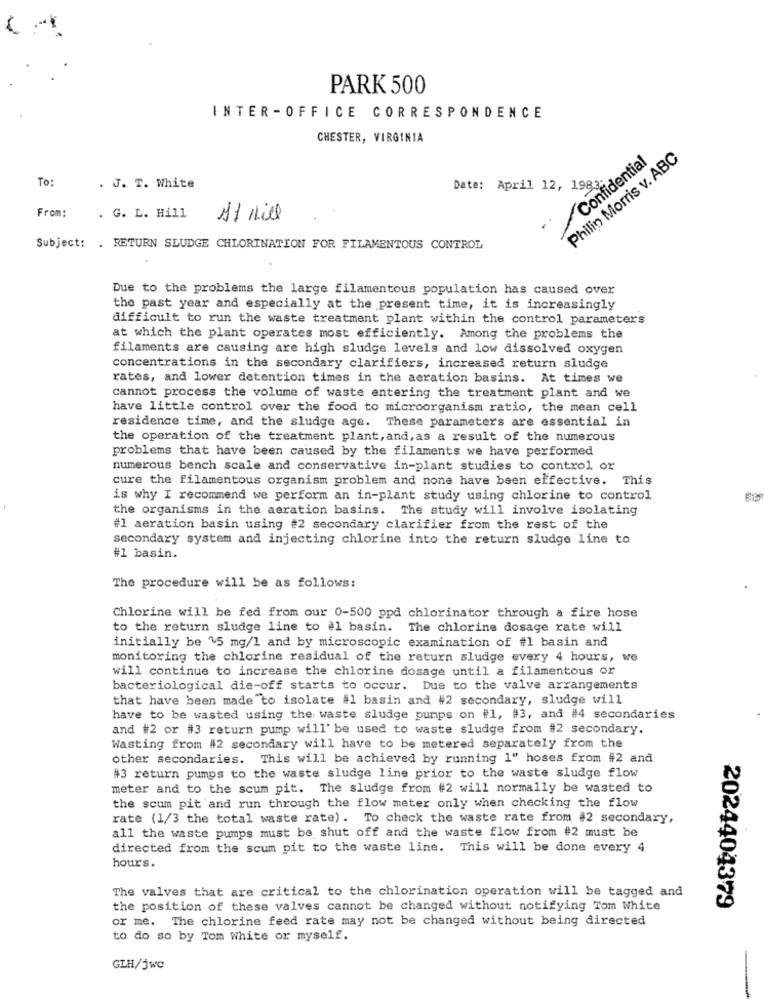
PARK 500
INTER - OFFICE CORRESPONDENCE
CHESTER, VIRGINIA
Confidential
Philip Morris v. ABC
To:
. J. T. White
Date: April 12, 1983
From:
. G. L. Hill
Subject: . RETURN SLUDGE CHLORINATION FOR FILAMENTOUS CONTROL
Due to the problems the large filamentous population has caused over
the past year and especially at the present time, it is increasingly
difficult to run the waste treatment plant within the control parameters
at which the plant operates most efficiently. Among the problems the
filaments are causing are high sludge levels and low dissolved oxygen
concentrations in the secondary clarifiers, increased return sludge
rates, and lower detention times in the aeration basins. At times we
cannot process the volume of waste entering the treatment plant and we
have little control over the food to microorganism ratio, the mean cell
residence time, and the sludge age. These parameters are essential in
the operation of the treatment plant, and, as a result of the numerous
problems that have been caused by the filaments we have performed
numerous bench scale and conservative in-plant studies to control or
cure the filamentous organism problem and none have been effective. This
is why I recommend we perform an in-plant study using chlorine to control
the organisms in the aeration basins. The study will involve isolating
#1 aeration basin using #2 secondary clarifier from the rest of the
secondary system and injecting chlorine into the return sludge line to
#1 basin.
The procedure will be as follows:
Chlorine will be fed from our 0-500 ppd chlorinator through a fire hose
to the return sludge line to #l basin. The chlorine dosage rate will
initially be ~5 mg/l and by microscopic examination of #1 basin and
monitoring the chlorine residual of the return sludge every 4 hours, we
will continue to increase the chlorine dosage until a filamentous or
bacteriological die-off starts to occur. Due to the valve arrangements
that have been made to isolate #l basin and #2 secondary, sludge will
have to be wasted using the waste sludge pumps on #1, #3, and #4 secondaries
and #2 or #3 return pump will be used to waste sludge from #2 secondary.
Wasting from #2 secondary will have to be metered separately from the
other secondaries. This will be achieved by running 1" hoses from #2 and
#3 return pumps to the waste sludge line prior to the waste sludge flow
meter and to the scum pit. The sludge from #2 will normally be wasted to
the scum pit and run through the flow meter only when checking the flow
rate (1/3 the total waste rate). To check the waste rate from #2 secondary,
all the waste pumps must be shut off and the waste flow from #2 must be
directed from the scum pit to the waste line. This will be done every 4
hours.
The valves that are critical to the chlorination operation will be tagged and
2024404379
the position of these valves cannot be changed without notifying Tom White
or me. The chlorine feed rate may not be changed without being directed
to do so by Tom White or myself.
GLH/jwc